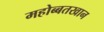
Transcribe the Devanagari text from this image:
महोब्बतखान